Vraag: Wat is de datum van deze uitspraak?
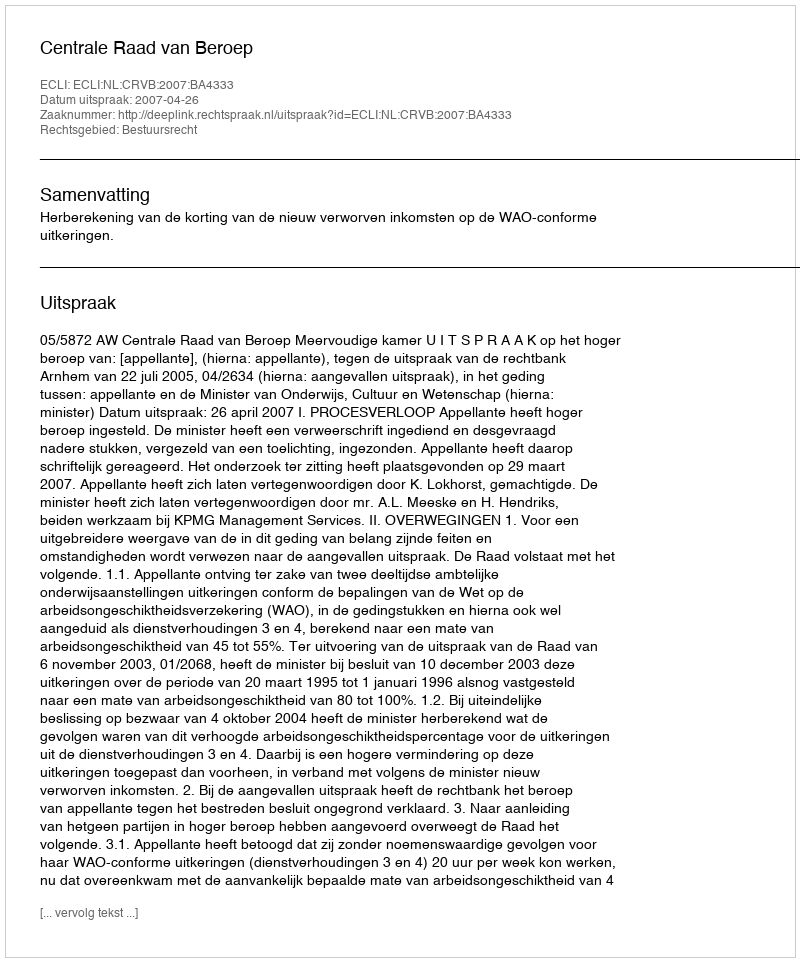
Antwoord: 2007-04-26